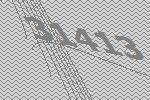
31413